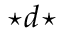
{ \star } d { \star }